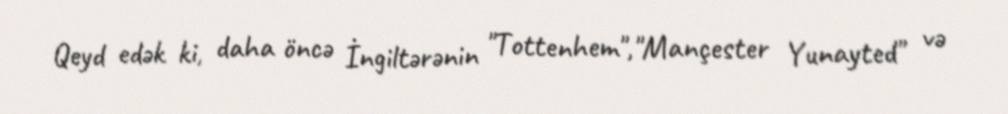
Qeyd edək ki, daha öncə İngiltərənin "Tottenhem","Mançester Yunayted" və